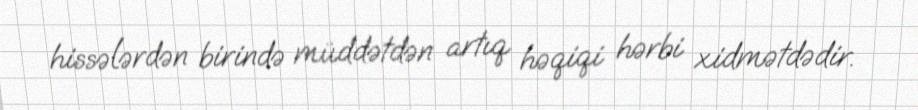
hissələrdən birində müddətdən artıq həqiqi hərbi xidmətdədir.